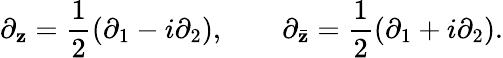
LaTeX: \partial_{\mathbf{z}}=\frac{{1}}{{2}}(\partial_{1}-i\partial_{2}),\qquad\partial_{\bar{{\mathbf{z}}}}=\frac{{1}}{{2}}(\partial_{1}+i\partial_{2}).